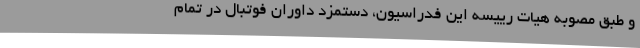
و طبق مصوبه هیات رییسه این فدراسیون، دستمزد داوران فوتبال در تمام